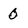
Character: 0